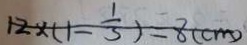
1 2 \times ( 1 - \frac { 1 } { 3 } ) = 8 ( c m )